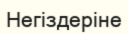
Негіздеріне